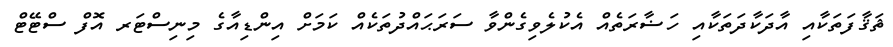
ޘަޤާފަތަކާއި އާދަކާދަތަކާއި ހަޟާރަތެއް އެކުލެވިގެންވާ ސަރަޙައްދުތަކެއް ކަމަށް އިންޑިއާގެ މިނިސްޓަރ އޮފް ސްޓޭޓް